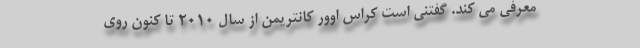
معرفی می کند. گفتنی است کراس اوور کانتریمن از سال 2010 تا کنون روی